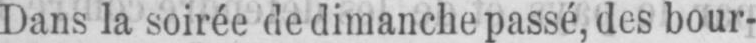
Dans la soirée de dimanche passé, des bour-